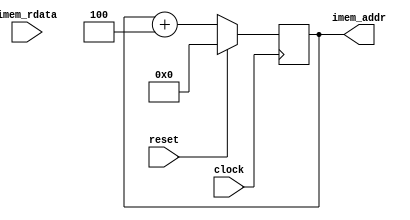

module embarkrv 
#(
    parameter MEM_DEPTH = 16,
    parameter PC_START_ADDR=16'h0
)(
    input clock,
    input reset,
    input [31:0] imem_rdata,
    output [MEM_DEPTH-1:0] imem_addr
);

// ----------------------------------------------
// *** instrution fetch
// ----------------------------------------------
reg [MEM_DEPTH-1:0] pc;
always @(posedge clock) begin
    if(reset) begin
        pc <= PC_START_ADDR;
    end
    else begin
        pc <= pc + 4;
    end
end
assign imem_addr = pc;

endmodule